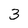
Character: 3